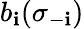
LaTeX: b_{\mathbf{i}}(\sigma_{-\mathbf{i}})